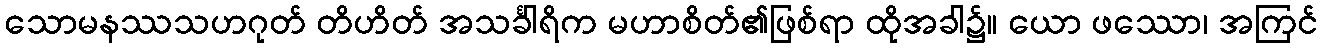
သောမနဿသဟဂုတ် တိဟိတ် အသင်္ခါရိက မဟာစိတ်၏ဖြစ်ရာ ထိုအခါ၌။ ယော ဖဿော၊ အကြင်